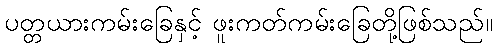
ပတ္တယားကမ်းခြေနှင့် ဖူးကတ်ကမ်းခြေတို့ဖြစ်သည်။